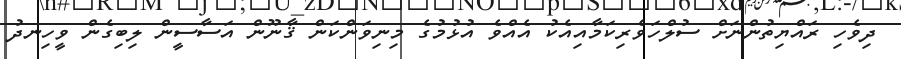
ދިވެހި ރައްޔިތުންނަށް ސުލްހަވެރިކަމާއިއެކު އެއްވެ އުޅުމުގެ މިނިވަންކަން ޤާނޫން އަސާސީން ލިބިގެން ވީހިނދު